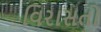
વિરાસતો